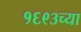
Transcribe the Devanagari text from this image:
१६९३च्या